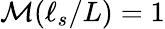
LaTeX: \mathcal{M}(\ell_{s}/L)=1